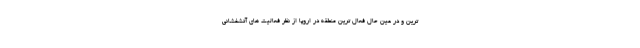
ترین و در عین حال فعال ترین منطقه در اروپا از نظر فعالیت های آتشفشانی